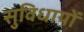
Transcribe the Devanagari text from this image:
सुविधायों